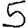
Digit: 5